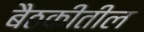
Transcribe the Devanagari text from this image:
बैठकीतील